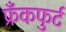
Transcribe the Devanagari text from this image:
फ्रँकफुर्ट